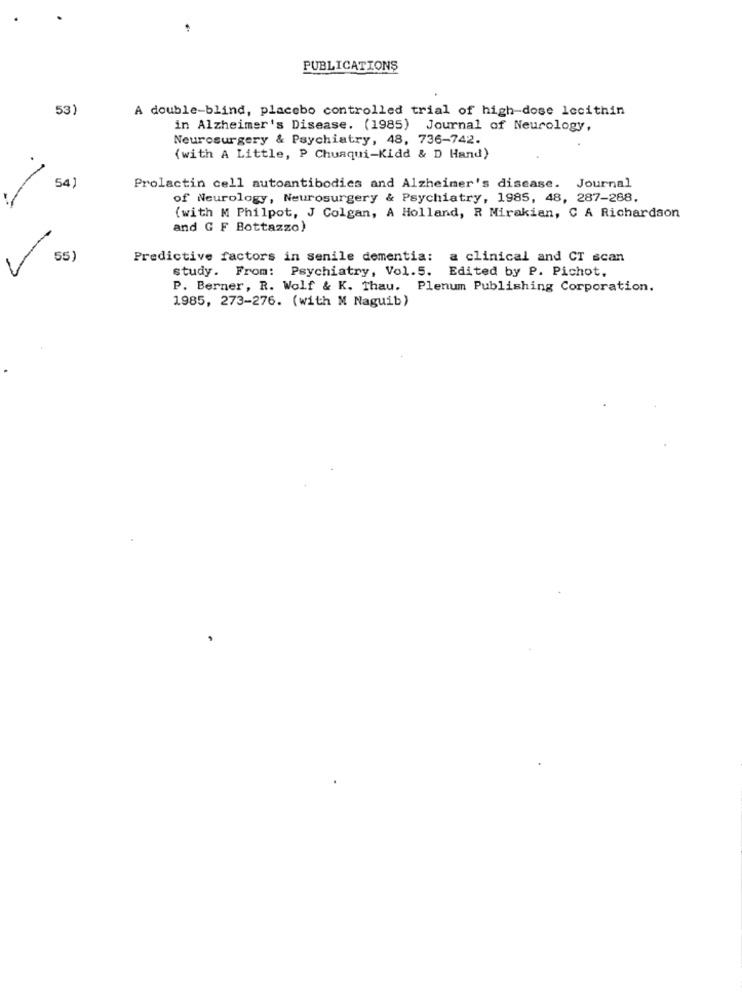
PUBLICATIONS
53)
A double-blind, placebo controlled trial of high-dose lecithin
in Alzheimer's Disease. (1985) Journal of Neurology,
Neurosurgery & Psychiatry, 48, 736-742.
{with A Little, P Chuaqui-Kidd & D Hand)
54)
Prolactin cell autoantibodies and Alzheimer's disease. Journal
of Neurology, Neurosurgery & Psychiatry, 1985, 48, 287-288.
(with M Philpot, J Colgan, A Holland, R Mirakian, C A Richardson
and G F Bottazzo)
55)
Predictive factors in senile dementia: a clinical and CT scan
study. From: Psychiatry, Vol.5. Edited by P. Pichot.
P. Berner, R. Wolf & K. Thau. Plenum Publishing Corporation.
1985, 273-276. (with M Naguib)